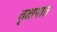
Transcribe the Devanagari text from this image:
वृक्षपात